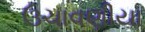
ઉચાવણીયા